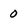
Character: 0